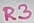
Text: R3